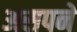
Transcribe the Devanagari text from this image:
असपने